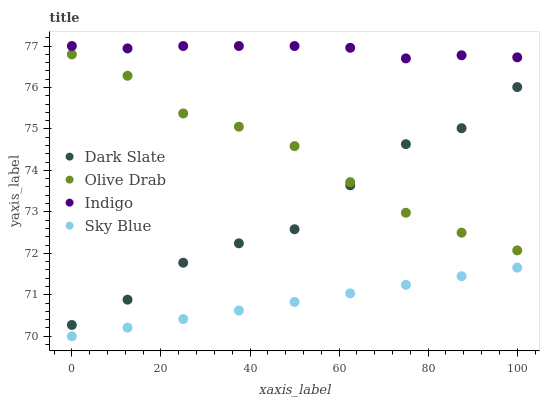
| xaxis_label | Dark Slate | Olive Drab | Indigo | Sky Blue |
 | --- | --- | --- | --- | --- |
 | 0 | 70.3 | 76.8 | 77 | 70 |
 | 12.5 | 70.9 | 76.3 | 76.9 | 70.2 |
 | 25 | 71.8 | 75.4 | 77 | 70.4 |
 | 37.5 | 72.2 | 75.1 | 77 | 70.6 |
 | 50 | 72.6 | 74.6 | 77 | 70.8 |
 | 62.5 | 73.6 | 73.7 | 77 | 71 |
 | 75 | 74.6 | 73 | 76.7 | 71.2 |
 | 87.5 | 75 | 72.5 | 76.8 | 71.4 |
 | 100 | 76 | 72.1 | 76.7 | 71.7 |